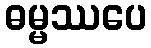
ဓမ္မဿပေ